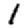
Digit: 1